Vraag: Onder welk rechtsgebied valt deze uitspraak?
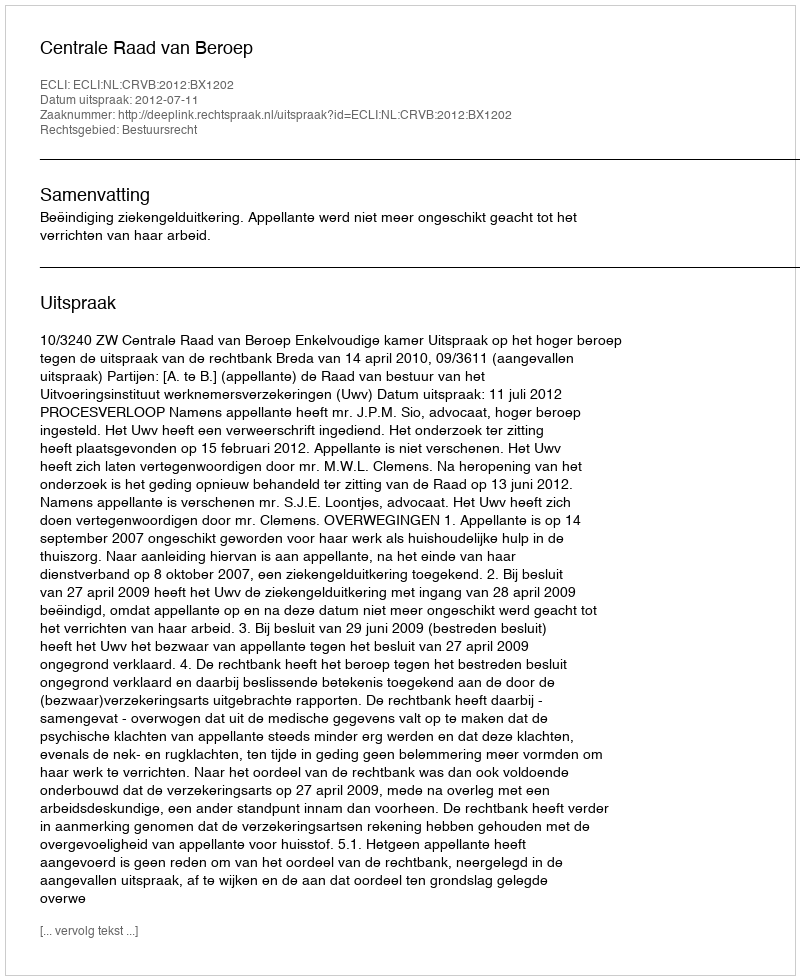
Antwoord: Bestuursrecht